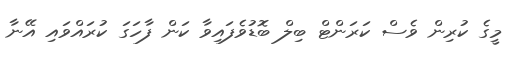
މީގެ ކުރިން ވެސް ކަރަންޓް ބިލް ބޮޑުވެފައިވާ ކަން ފާހަގަ ކުރައްވައި އޭނާ